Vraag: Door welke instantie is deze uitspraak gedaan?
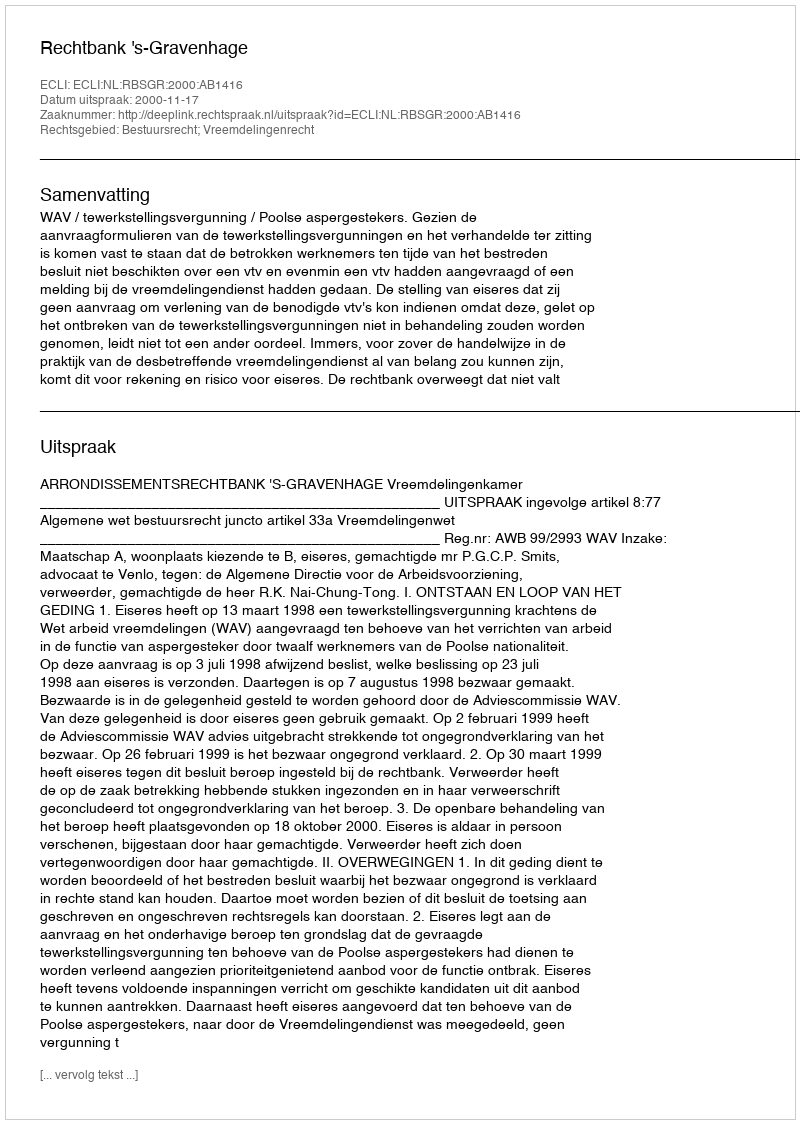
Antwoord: Rechtbank 's-Gravenhage